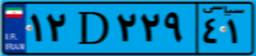
۱۲D۲۲۹۴۱